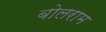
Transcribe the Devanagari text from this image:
बोलराम